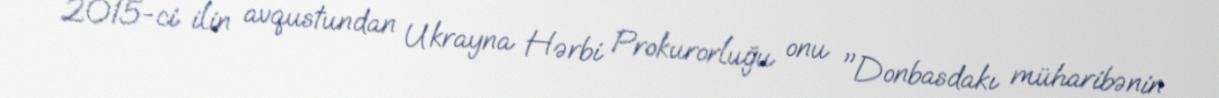
2015-ci ilin avqustundan Ukrayna Hərbi Prokurorluğu onu "Donbasdakı müharibənin